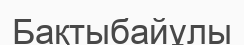
Бақтыбайұлы